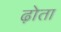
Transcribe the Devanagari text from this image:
ढ़ोता